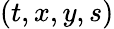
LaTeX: (t,x,y,s)